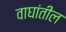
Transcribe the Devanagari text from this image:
वाघांतील